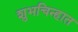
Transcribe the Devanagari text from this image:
शुभचिन्हात